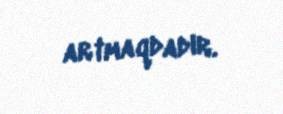
artmaqdadır.